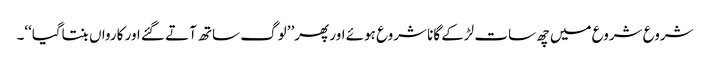
شروع شروع میں چھ سات لڑکے گانا شروع ہوئے اور پھر’’ لوگ ساتھ آتے گئے اور کارواں بنتاگیا‘‘۔